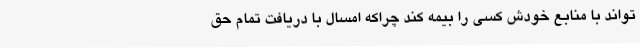
‌تواند با منابع خودش کسی را بیمه کند چراکه امسال با دریافت تمام حق